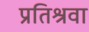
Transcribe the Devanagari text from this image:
प्रतिश्रवा